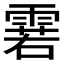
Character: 𮦝